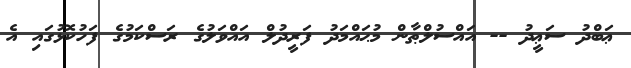
ޢަބްދު ސަޢީދު -- އައްސުލްޠާން މުޙައްމަދު ފަރީދުލް އައްވަލުގެ ރަސްކަމުގެ ފަހުކޮޅުގައި އެ